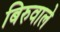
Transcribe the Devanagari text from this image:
बिरुवाले